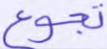
تجوع